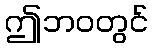
ဤဘဝတွင်